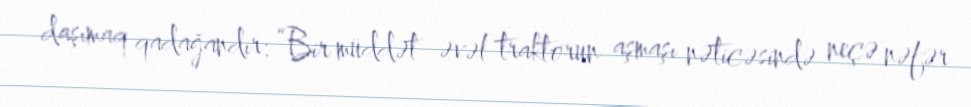
daşımaq qadağandır: “Bir müddət əvəl traktorun aşmaşı nəticəsində neçə nəfər